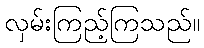
လှမ်းကြည့်ကြသည်။